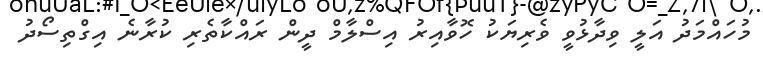
މުހައްމަދު އަލީ ވިދާޅުވީ ވެރިޔަކު ހޮވާއިރު އިސްލާމް ދީން ރައްކާތެރި ކުރާނެ އިގްތިސޯދު